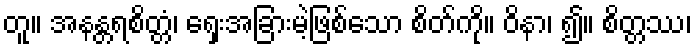
တူ။ အနန္တရစိတ္တံ၊ ရှေးအခြားမဲ့ဖြစ်သော စိတ်ကို။ ဝိနာ၊ ၍။ စိတ္တဿ၊